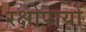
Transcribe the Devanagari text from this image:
रक्षोपायों